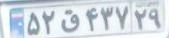
۵۲ق۴۳۷۲۹